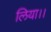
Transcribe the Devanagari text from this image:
लिया।।